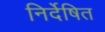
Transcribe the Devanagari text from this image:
निर्देषित